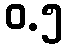
ဝ.၅